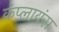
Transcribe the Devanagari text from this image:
कंप्लायंस